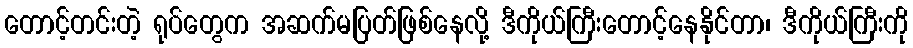
တောင့်တင်းတဲ့ ရုပ်တွေက အဆက်မပြတ်ဖြစ်နေလို့ ဒီကိုယ်ကြီးတောင့်နေနိုင်တာ၊ ဒီကိုယ်ကြီးကို